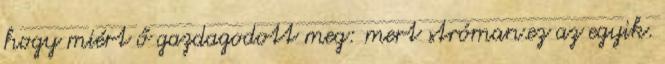
hogy miért ő gazdagodott meg: mert stróman.ez az egyik.